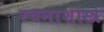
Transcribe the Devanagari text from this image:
रचनाशास्त्र